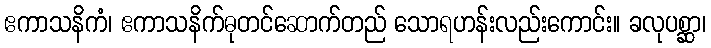
ဧကာသနိကံ၊ ဧကာသနိက်ဓုတင်ဆောက်တည် သောရဟန်းလည်းကောင်း။ ခလုပစ္ဆာ၊